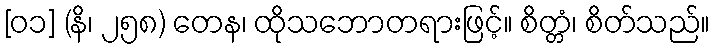
[၀၁] (နိ၊ ၂၅၈) တေန၊ ထိုသဘောတရားဖြင့်။ စိတ္တံ၊ စိတ်သည်။